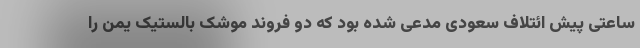
ساعتی پیش ائتلاف سعودی مدعی شده بود که دو فروند موشک بالستیک یمن را